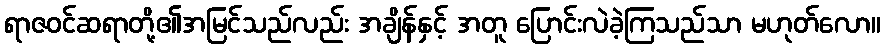
ရာဇဝင်ဆရာတို့၏အမြင်သည်လည်း အချိန်နှင့် အတူ ပြောင်းလဲခဲ့ကြသည်သာ မဟုတ်လော။